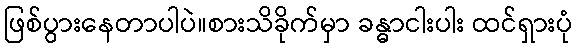
ဖြစ်ပွားနေတာပါပဲ။စားသိခိုက်မှာ ခန္ဓာငါးပါး ထင်ရှားပုံ